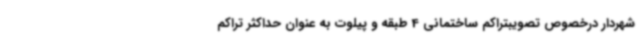
شهردار درخصوص تصویبتراکم ساختمانی 4 طبقه و پیلوت به عنوان حداکثر تراکم